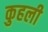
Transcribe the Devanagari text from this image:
कुहली